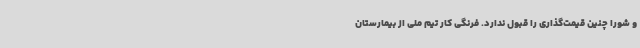
و شورا چنین قیمت‌گذاری را قبول ندارد. فرنگی کار تیم ملی از بیمارستان